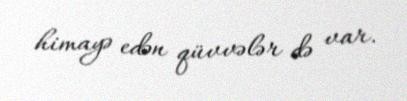
himayə edən qüvvələr də var.